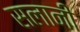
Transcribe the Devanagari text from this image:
सलानी